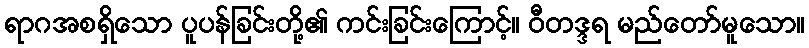
ရာဂအစရှိသော ပူပန်ခြင်းတို့၏ ကင်းခြင်းကြောင့်။ ဝီတဒ္ဒရ မည်တော်မူသော။